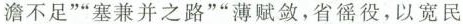
澹不足””塞兼并之路””薄赋敛，省徭役，以宽民